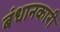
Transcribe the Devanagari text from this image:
बंधानकारी